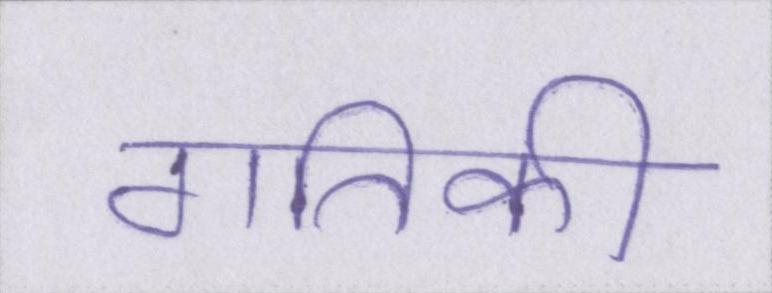
गतिकी